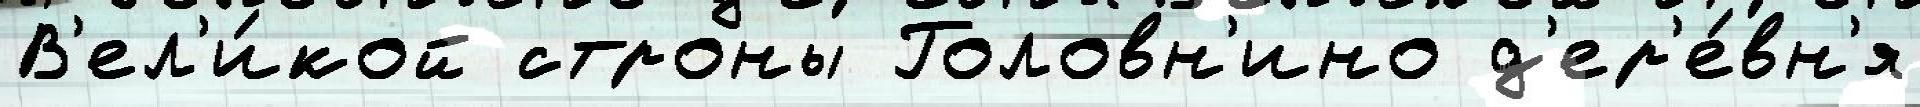
В'ел'и́кой строны Головн'ино д'ер'е́вн'я